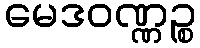
မေဒဝဏ္ဏဉ္စ